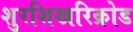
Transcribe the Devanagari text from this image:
शुरशिखरिक्रोड